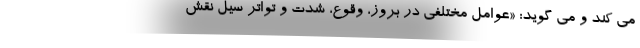
می کند و می گوید: «عوامل مختلفی در بروز، وقوع، شدت و تواتر سیل نقش